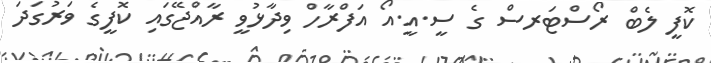
ކޮފީ ލެބް ރޯސްޓަރސް ގެ ސީ.އީ.އޯ އަފްރާހް ވިދާޅުވީ ރާއްޖޭގައި ކޮފީގެ ވަރުގަދަ